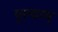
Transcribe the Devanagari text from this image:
पुरन्दरम्